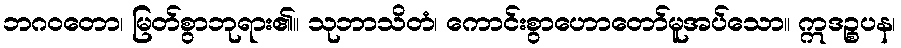
ဘဂဝတော၊ မြတ်စွာဘုရား၏။ သုဘာသိတံ၊ ကောင်းစွာဟောတော်မူအပ်သော။ ဣဒဉ္စပန၊